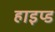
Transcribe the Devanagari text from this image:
हाइप्ड